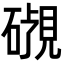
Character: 𬒜